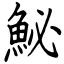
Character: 鮅